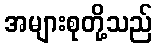
အများစုတို့သည်